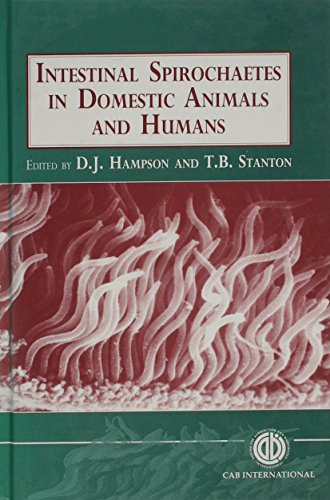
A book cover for Intestinal Spirochaetes in Domestic Animals and Humans; D J Hampson; Medical Books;